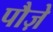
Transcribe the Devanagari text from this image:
पौज़े